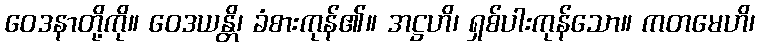
ဝေဒနာတို့ကို။ ဝေဒယန္တိ၊ ခံစားကုန်၏။ အဋ္ဌဟိ၊ ရှစ်ပါးကုန်သော။ ကတမေဟိ၊